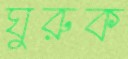
ঘুরুক